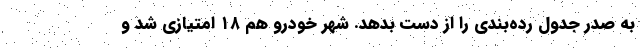
به صدر جدول رده‌بندی را از دست بدهد. شهر خودرو هم ۱۸ امتیازی شد و